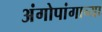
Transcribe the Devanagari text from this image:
अंगोपांगाच्या